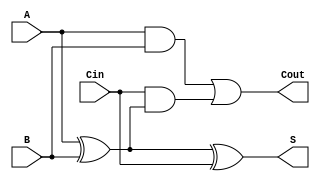
module full_adder (
    input wire A,     // First input bit
    input wire B,     // Second input bit
    input wire Cin,   // Carry-in bit
    output wire S,    // Sum output
    output wire Cout   // Carry-out output
);

// Internal signals
wire AxorB;         // Intermediate signal for A XOR B
wire AandB;         // Intermediate signal for A AND B
wire CinAndAxorB;   // Intermediate signal for Cin AND (A XOR B)

// Calculate the sum output using XOR gates
assign AxorB = A ^ B;          // A XOR B
assign S = AxorB ^ Cin;        // S = (A XOR B) XOR Cin

// Calculate the carry-out output using AND and OR gates
assign AandB = A & B;          // A AND B
assign CinAndAxorB = Cin & AxorB; // Cin AND (A XOR B)
assign Cout = AandB | CinAndAxorB; // Cout = (A AND B) OR (Cin AND (A XOR B))

endmodule